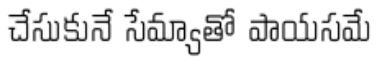
చేసుకునే సేమ్యాతో పాయసమే